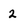
Character: 2